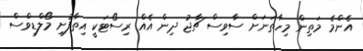
އެންމެ މަތިން މިހާތަނަށް ސާވިސް ޗާޖު ދިން އެއް ރިސޯޓަކީ އިތާފުށި މޯލްޑިވްސް